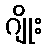
ဂျိုး